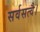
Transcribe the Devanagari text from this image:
सर्वसत्वै।